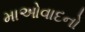
માઓવાદનો